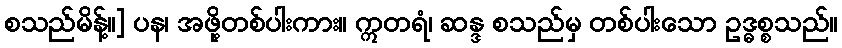
စသည်မိန့်။] ပန၊ အဖို့တစ်ပါးကား။ ဣတရံ၊ ဆန္ဒ စသည်မှ တစ်ပါးသော ဥဒ္ဓစ္စသည်။